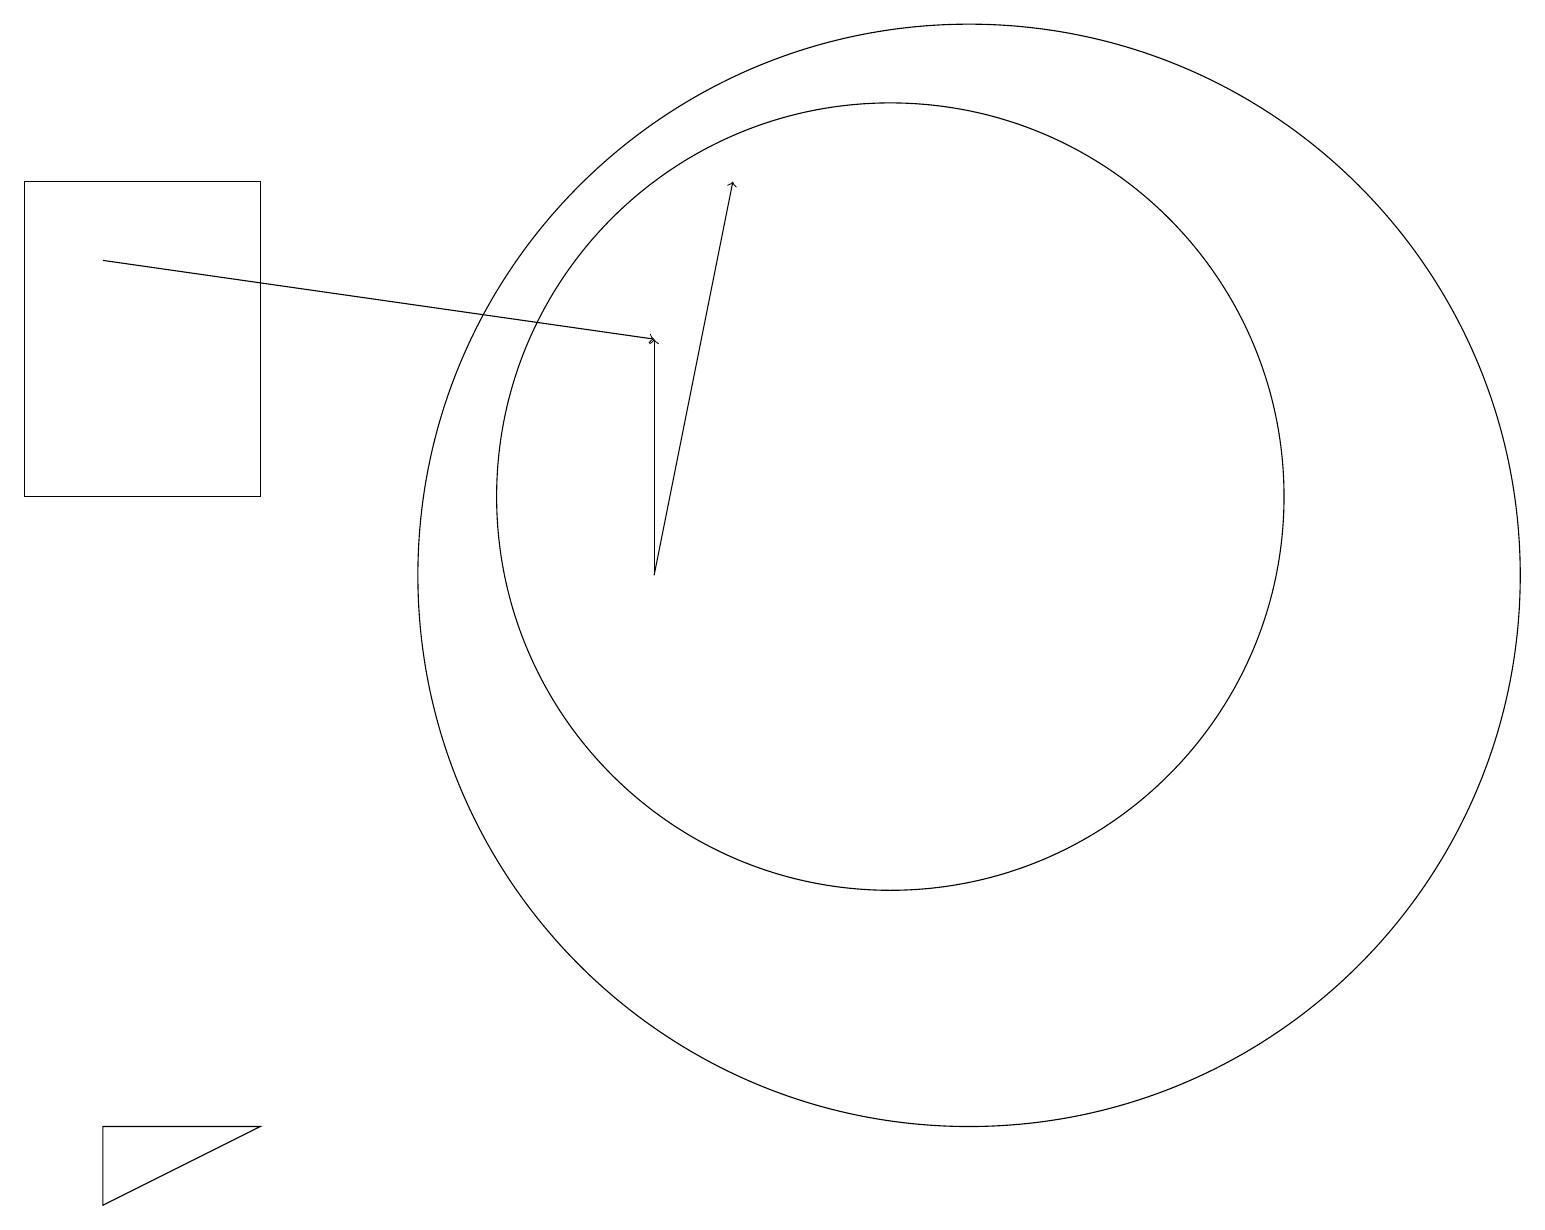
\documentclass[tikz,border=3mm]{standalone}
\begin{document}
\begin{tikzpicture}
\draw[->] (8,11) -- (8,14);
\draw (12,11) circle (7);
\draw (11,12) circle (5);
\draw[->] (8,11) -- (9,16);
\draw (3,4) -- (1,3) -- (1,4) -- cycle;
\draw[->] (1,15) -- (8,14);
\draw (0,12) rectangle (3,16);
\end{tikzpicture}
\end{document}